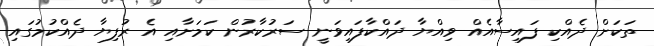
ތަކަށް ދެއްކި ފައިސާއެއް ވިއްޔާ ދައްކާފައިވަނީ ސަރުކާރުން ކަމަށާއި އެ ރުފިޔާ ދެއްކުމުގައި